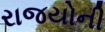
રાજયોની